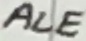
Text: ALE